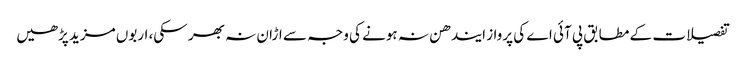
تفصیلات کے مطابق پی آئی اے کی پرواز ایندھن نہ ہونے کی وجہ سے اڑان نہ بھر سکی، اربوں مزید پڑھیں